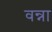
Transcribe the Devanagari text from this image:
वन्ना